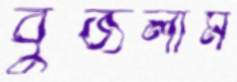
বুঁজলাম